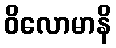
ဝိလောမာနိ